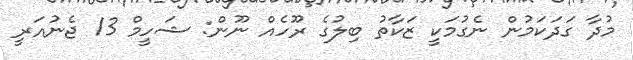
މުދާ ގަދަކަމުން ނެގުމަކީ ޒަކާތު ބިލުގެ ރޫހެއް ނޫން: ޝަހީމް 13 ޖެނުއަރީ